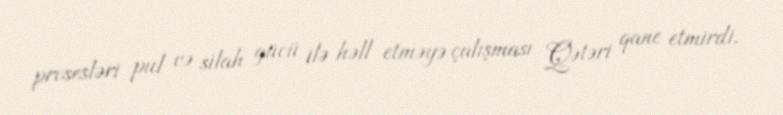
prosesləri pul və silah gücü ilə həll etməyə çalışması Qətəri qane etmirdi.